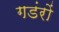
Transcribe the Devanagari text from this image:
गडंरों